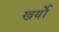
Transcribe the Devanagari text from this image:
खर्यो